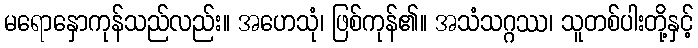
မရောနှောကုန်သည်လည်း။ အဟေသုံ၊ ဖြစ်ကုန်၏။ အသံသဂ္ဂဿ၊ သူတစ်ပါးတို့နှင့်